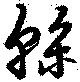
幹